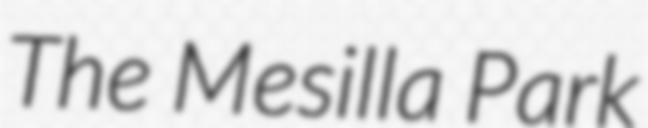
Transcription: The Mesilla Park